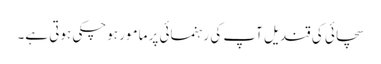
سچائی کی قندیل آپ کی رہنمائی پر مامور ہوچکی ہوتی ہے۔